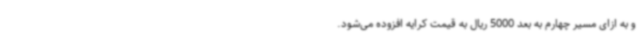
و به ازای مسیر چهارم به بعد 5000 ریال به قیمت کرایه افزوده می‌شود.